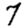
Digit: 7